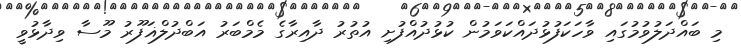
މި ބައްދަލުވުމުގައި ވާހަކަފުޅުދައްކަވަމުން ކުޅުދުއްފުށި އުތުރު ދާއިރާގެ މެމްބަރު އަބްދުލްޣަފޫރު މޫސާ ވިދާޅުވީ